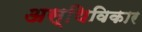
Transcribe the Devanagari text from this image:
अस्थिविकार